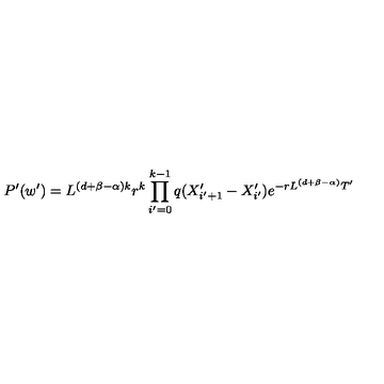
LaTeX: P ^ { \prime } ( w ^ { \prime } ) = L ^ { ( d + \beta - \alpha ) k } r ^ { k } \prod _ { i ^ { \prime } = 0 } ^ { k - 1 } q ( X _ { i ^ { \prime } + 1 } ^ { \prime } - X _ { i ^ { \prime } } ^ { \prime } ) e ^ { - r L ^ { ( d + \beta - \alpha ) } T ^ { \prime } }